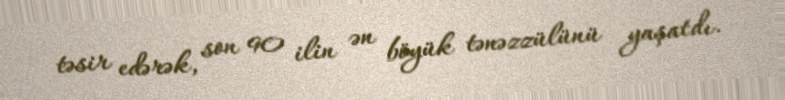
təsir edərək, son 90 ilin ən böyük tənəzzülünü yaşatdı.